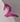
Text: 2